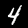
Digit: 4